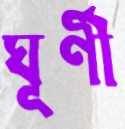
ঘূর্ণী